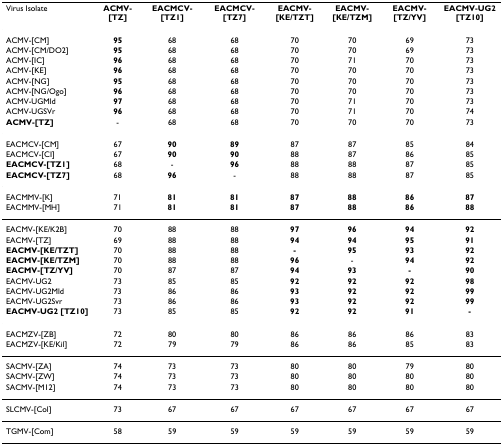
<table><thead><tr><td><b>Virus Isolate</b></td><td><b>ACMV-[TZ]</b></td><td><b>EACMCV-[TZ1]</b></td><td><b>EACMCV-[TZ7]</b></td><td><b>EACMV-[KE/TZT]</b></td><td><b>EACMV-[KE/TZM]</b></td><td><b>EACMV-[TZ/YV]</b></td><td><b>EACMV-UG2 [TZ10]</b></td></tr></thead><tbody><tr><td>ACMV-[CM]</td><td><b>95</b></td><td>68</td><td>68</td><td>70</td><td>70</td><td>69</td><td>73</td></tr><tr><td>ACMV-[CM/DO2]</td><td><b>95</b></td><td>68</td><td>68</td><td>70</td><td>70</td><td>69</td><td>73</td></tr><tr><td>ACMV-[IC]</td><td><b>96</b></td><td>68</td><td>68</td><td>70</td><td>71</td><td>70</td><td>73</td></tr><tr><td>ACMV-[KE]</td><td><b>96</b></td><td>68</td><td>68</td><td>70</td><td>70</td><td>70</td><td>73</td></tr><tr><td>ACMV-[NG]</td><td><b>95</b></td><td>68</td><td>68</td><td>70</td><td>70</td><td>70</td><td>73</td></tr><tr><td>ACMV-[NG/Ogo]</td><td><b>96</b></td><td>68</td><td>68</td><td>70</td><td>70</td><td>70</td><td>73</td></tr><tr><td>ACMV-UGMld</td><td><b>97</b></td><td>68</td><td>68</td><td>70</td><td>71</td><td>70</td><td>73</td></tr><tr><td>ACMV-UGSVr</td><td><b>96</b></td><td>68</td><td>68</td><td>70</td><td>71</td><td>70</td><td>74</td></tr><tr><td><b>ACMV-[TZ]</b></td><td>-</td><td>68</td><td>68</td><td>70</td><td>70</td><td>70</td><td>73</td></tr><tr><td>EACMCV-[CM]</td><td>67</td><td><b>90</b></td><td><b>89</b></td><td>87</td><td>87</td><td>85</td><td>84</td></tr><tr><td>EACMCV-[CI]</td><td>67</td><td><b>90</b></td><td><b>90</b></td><td>88</td><td>87</td><td>86</td><td>85</td></tr><tr><td><b>EACMCV-[TZ1]</b></td><td>68</td><td>-</td><td><b>96</b></td><td>88</td><td>88</td><td>87</td><td>85</td></tr><tr><td><b>EACMCV-[TZ7]</b></td><td>68</td><td><b>96</b></td><td>-</td><td>88</td><td>88</td><td>87</td><td>85</td></tr><tr><td>EACMMV-[K]</td><td>71</td><td><b>81</b></td><td><b>81</b></td><td><b>87</b></td><td><b>88</b></td><td><b>86</b></td><td><b>87</b></td></tr><tr><td>EACMMV-[MH]</td><td>71</td><td><b>81</b></td><td><b>81</b></td><td><b>87</b></td><td><b>88</b></td><td><b>86</b></td><td><b>88</b></td></tr><tr><td>EACMV-[KE/K2B]</td><td>70</td><td>88</td><td>88</td><td><b>97</b></td><td><b>96</b></td><td><b>94</b></td><td><b>92</b></td></tr><tr><td>EACMV-[TZ]</td><td>69</td><td>88</td><td>88</td><td><b>94</b></td><td><b>94</b></td><td><b>95</b></td><td><b>91</b></td></tr><tr><td><b>EACMV-[KE/TZT]</b></td><td>70</td><td>88</td><td>88</td><td><b>-</b></td><td><b>95</b></td><td><b>93</b></td><td><b>92</b></td></tr><tr><td><b>EACMV-[KE/TZM]</b></td><td>70</td><td>88</td><td>88</td><td><b>96</b></td><td>-</td><td><b>94</b></td><td><b>92</b></td></tr><tr><td><b>EACMV-[TZ/YV]</b></td><td>70</td><td>87</td><td>87</td><td><b>94</b></td><td><b>93</b></td><td><b>-</b></td><td><b>90</b></td></tr><tr><td>EACMV-UG2</td><td>73</td><td>85</td><td>85</td><td><b>92</b></td><td><b>92</b></td><td><b>92</b></td><td><b>98</b></td></tr><tr><td>EACMV-UG2Mld</td><td>73</td><td>86</td><td>86</td><td><b>93</b></td><td><b>92</b></td><td><b>92</b></td><td><b>99</b></td></tr><tr><td>EACMV-UG2Svr</td><td>73</td><td>86</td><td>86</td><td><b>93</b></td><td><b>92</b></td><td><b>92</b></td><td><b>99</b></td></tr><tr><td><b>EACMV-UG2 [TZ10]</b></td><td>73</td><td>85</td><td>85</td><td><b>92</b></td><td><b>92</b></td><td><b>91</b></td><td><b>-</b></td></tr><tr><td>EACMZV-[ZB]</td><td>72</td><td>80</td><td>80</td><td>86</td><td>86</td><td>86</td><td>83</td></tr><tr><td>EACMZV-[KE/Kil]</td><td>72</td><td>79</td><td>79</td><td>86</td><td>86</td><td>85</td><td>83</td></tr><tr><td>SACMV-[ZA]</td><td>74</td><td>73</td><td>73</td><td>80</td><td>80</td><td>79</td><td>80</td></tr><tr><td>SACMV-[ZW]</td><td>74</td><td>73</td><td>73</td><td>80</td><td>80</td><td>80</td><td>80</td></tr><tr><td>SACMV-[M12]</td><td>74</td><td>73</td><td>73</td><td>80</td><td>80</td><td>80</td><td>80</td></tr><tr><td>SLCMV-[Col]</td><td>73</td><td>67</td><td>67</td><td>67</td><td>67</td><td>67</td><td>67</td></tr><tr><td>TGMV-[Com]</td><td>58</td><td>59</td><td>59</td><td>59</td><td>59</td><td>59</td><td>59</td></tr></tbody></table>